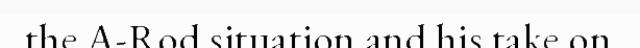
the A-Rod situation and his take on